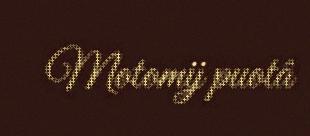
Motomij puotâ